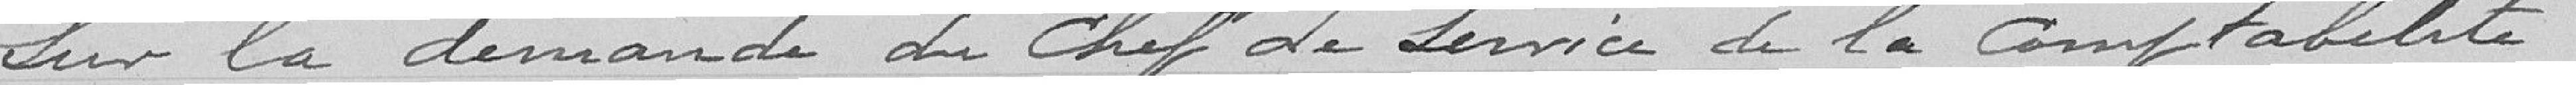
Sur la demande du Chef de Service de la Comptabilité